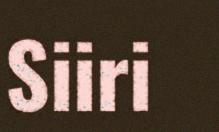
Siiri